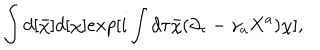
LaTeX: \int d [ { \bar { \chi } } ] d [ \chi ] e x p [ i \int d \tau { \bar { \chi } } ( \partial _ { \tau } - \gamma _ { a } X ^ { a } ) \chi ] ,